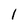
Character: 1